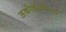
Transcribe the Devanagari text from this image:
अकोढीगोला